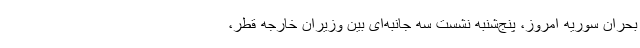
بحران سوریه امروز، پنج‌شنبه نشست سه جانبه‌ای بین وزیران خارجه قطر،